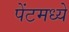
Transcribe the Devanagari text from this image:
पेंटमध्ये